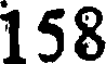
158